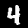
Label: 4